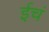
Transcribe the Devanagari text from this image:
ईचं